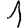
Digit: 1